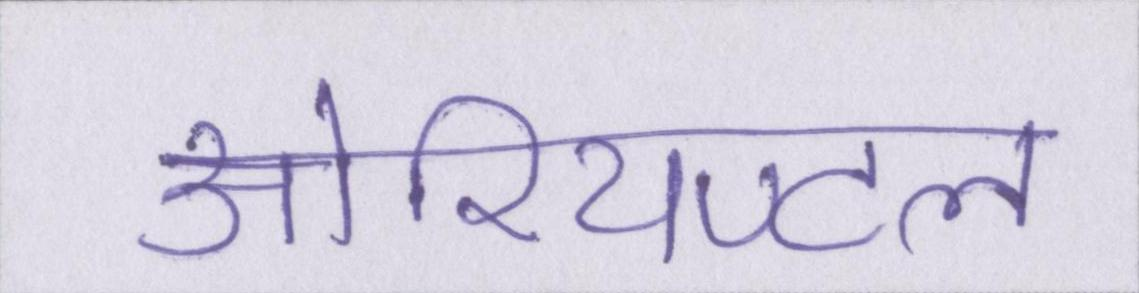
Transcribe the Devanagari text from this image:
ओरियण्टल